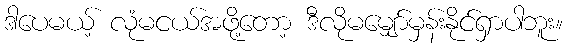
ဒါပေမယ့် လုံမငယ်အဖို့တော့ ဒီလိုမမျှော်မှန်းနိုင်ရှာပါဘူး။